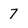
Character: 7